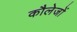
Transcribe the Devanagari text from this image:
कौलेजों